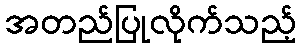
အတည်ပြုလိုက်သည့်